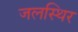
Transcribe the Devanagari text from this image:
जलस्थिर